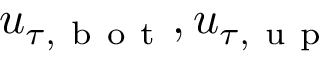
u _ { \tau , \mathrm { ~ b ~ o ~ t ~ } } , u _ { \tau , \mathrm { ~ u ~ p ~ } }